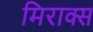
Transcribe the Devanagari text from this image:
मिराक्स